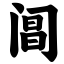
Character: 阊